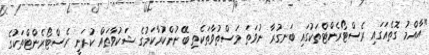
"އާއްމު ގޮތެއަގައި ރެސްޓޯރެންޓްތަކުގައި ބަނގުރާ ނުވަތަ މަސްތުވާތަކެތި ބޭނުންކުރާކަމުގެ ޝަކުވާތައް ކުރަނީ ރެސްޓޯރެންޓްތަކުގެ